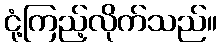
ငုံ့ကြည့်လိုက်သည်။